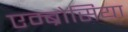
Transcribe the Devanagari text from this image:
एम्ब्रोसिया